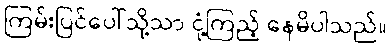
ကြမ်းပြင်ပေါ်သို့သာ ငုံ့ကြည့် နေမိပါသည်။